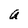
Character: a